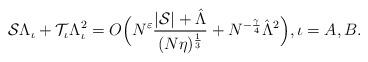
LaTeX: \begin{align*}\mathcal{S}\Lambda_\iota+\mathcal{T}_\iota\Lambda_\iota^2=O \Big( N^{\varepsilon}\frac{|\mathcal{S}|+ \hat{\Lambda}}{(N\eta)^{\frac13}}+N^{-\frac{\gamma}{4}} \hat{\Lambda}^2\Big),\iota=A, B. \end{align*}